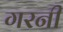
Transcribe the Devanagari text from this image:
गरनी